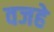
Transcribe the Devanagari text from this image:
वजहे